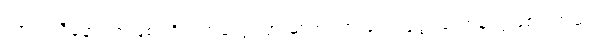
ဟာသညီနောင်အဖြစ်ပရိသတ်တွေကြားမှာထင်ရှားခဲ့တဲ့လူရွှင်တော်တွေဖြစ်ပါတယ်။